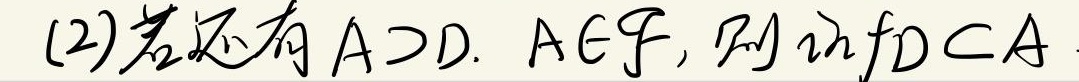
(2)若还有 \(A\supset D\)，\(A\in\mathcal{F}\)，则 \(\inf D\subset A\)。